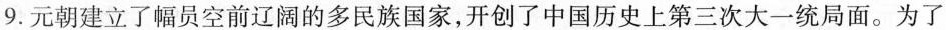
9.元朝建立了幅员空前辽阔的多民族国家，开创了中国历史上第三次大一统局面。为了